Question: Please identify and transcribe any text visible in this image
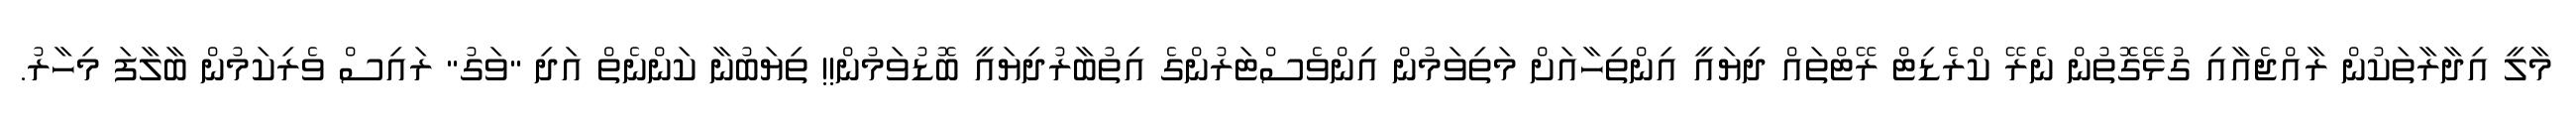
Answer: މާލީ އިދާރާތަކުން ރާއްޖެއާއި ގުޅޭގޮތުން ނެރޭ ކްރެޑިޓް ރޭޓްތައް ދިޔައީ އިންތިހާއަށް މަތިވަމުން އިންވެސްޓަރުންގެ އިތުބާރުދިޔައީ ބޮޑުވަމުން!! ތިޔަބުނާ ކަންނެތް އަދި "ވަގު" ރައިސް ވެރިކަމުން ބާލާފަ މިހާރު.